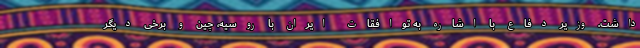
داشت. وزیر دفاع با اشاره به توافقات ایران با روسیه، چین و برخی دیگر